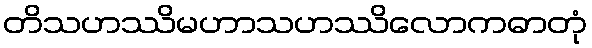
တိသဟဿိမဟာသဟဿိလောကဓာတုံ